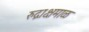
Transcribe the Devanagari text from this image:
रुद्राक्षमाळ